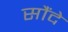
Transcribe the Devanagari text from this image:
सौंदे